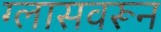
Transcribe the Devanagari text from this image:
ग्लासवरून